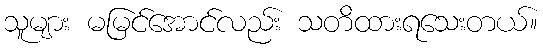
သူများ မမြင်အောင်လည်း သတိထားရသေးတယ်။